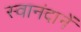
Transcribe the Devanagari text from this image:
स्वानंदानें